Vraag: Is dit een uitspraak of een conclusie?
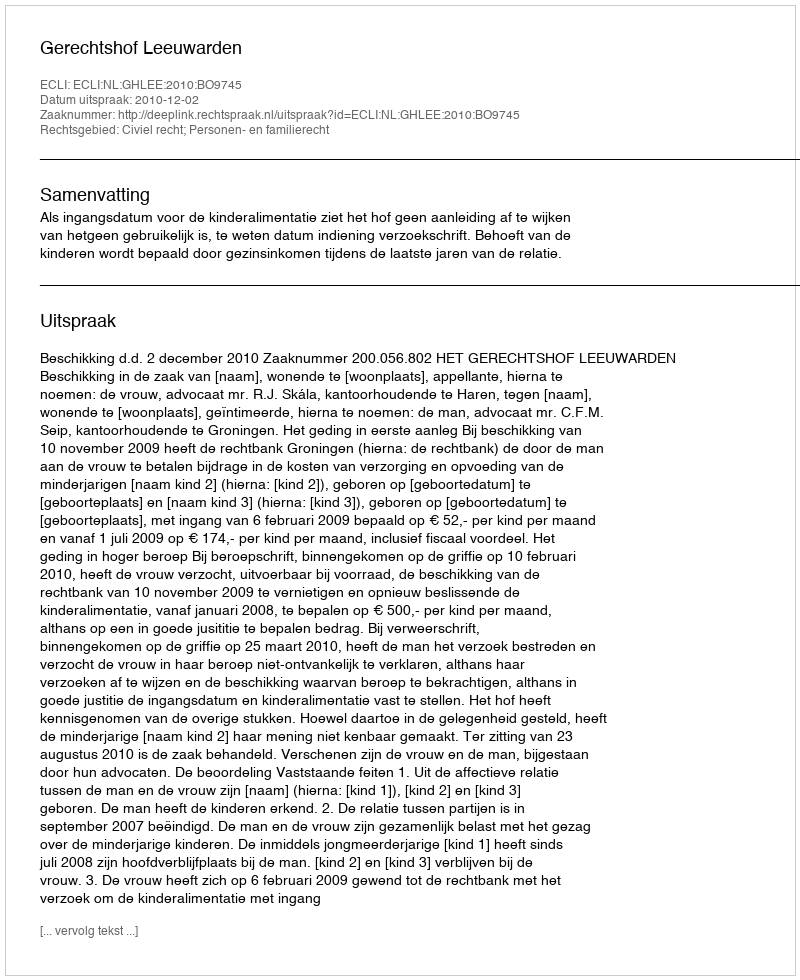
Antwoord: Uitspraak